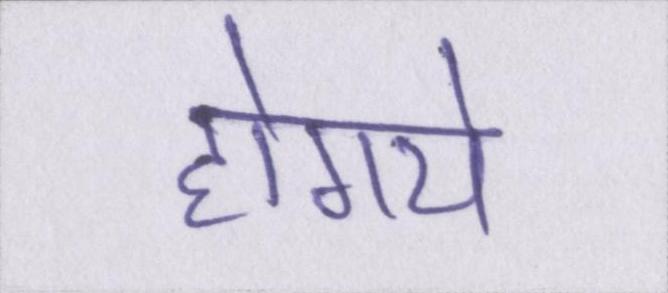
होगये